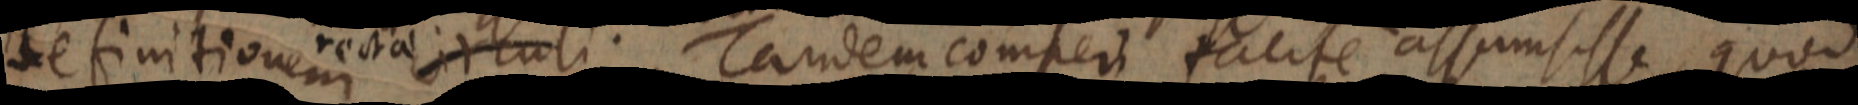
definitionem rectae circuli. Tandem comperi facile assumsisse quod